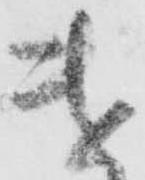
遣